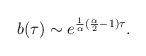
LaTeX: \begin{align*} b(\tau) \sim e^{\frac{1}{\alpha} (\frac{\alpha}{2} -1) \tau} .\end{align*}